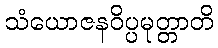
သံယောဇနဝိပ္ပမုတ္တာတိ